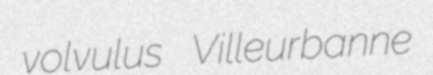
volvulus Villeurbanne